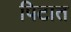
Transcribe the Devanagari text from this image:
पिटात